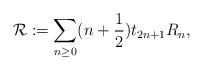
LaTeX: \begin{align*}{\cal R}:=\sum_{n\geq 0}(n+\frac{1}{2})t_{2n+1}R_n,\end{align*}